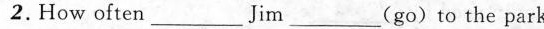
2. How often___Jim ___(go)to the park?